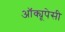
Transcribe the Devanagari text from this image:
अॉक्यूपेसी